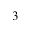
3